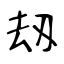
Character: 刼